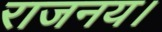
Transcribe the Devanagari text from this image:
राजनय।